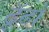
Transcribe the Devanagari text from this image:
ढॅूढो